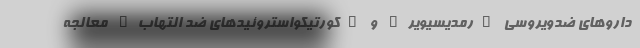
داروهای ضدویروسی "رمدیسیویر" و "کورتیکواستروئیدهای ضد التهاب" معالجه